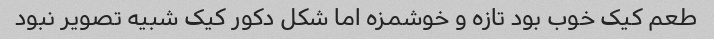
طعم کیک خوب بود تازه و خوشمزه اما شکل دکور کیک شبیه تصویر نبود